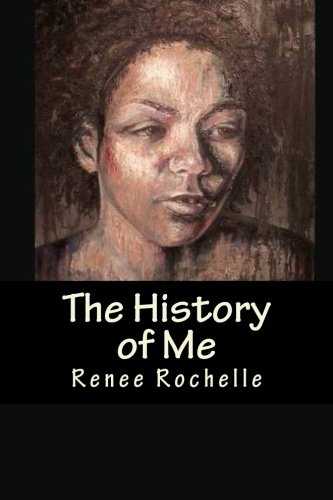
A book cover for The History of Me; Renee Rochelle; Teen & Young Adult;